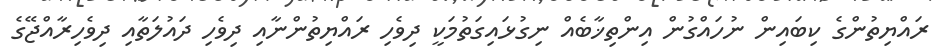
ރައްޔިތުންގެ ކިބައިން ނުހައްގުން އިންތިޚާބެއް ނިގުޅައިގަތުމަކީ ދިވެހި ރައްޔިތުންނާއި ދިވެހި ދައުލަތާއި ދިވެހިރާއްޖޭގެ